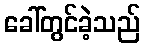
ခေါ်တွင်ခဲ့သည်